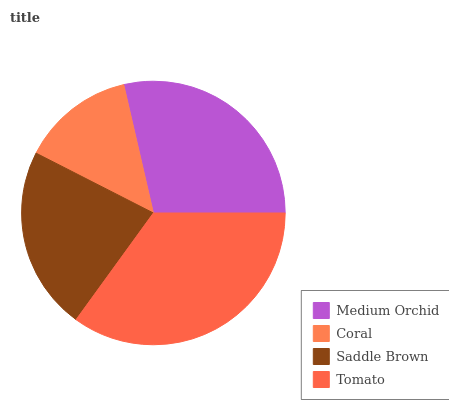
| Medium Orchid | Coral | Saddle Brown | Tomato |
 | --- | --- | --- | --- |
 | 28.6% | 13.9% | 22.6% | 35% |